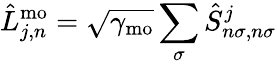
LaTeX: \hat{L}_{j,n}^{\mathrm{mo}}=\sqrt{\gamma_{\mathrm{mo}}}\sum_{\sigma}\hat{S}_{n\sigma,n\sigma}^{j}